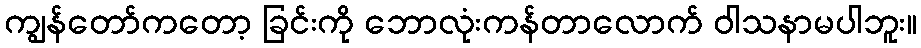
ကျွန်တော်ကတော့ ခြင်းကို ဘောလုံးကန်တာလောက် ဝါသနာမပါဘူး။